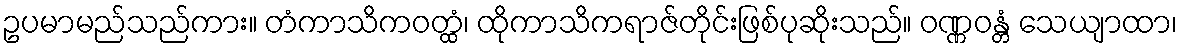
ဥပမာမည်သည်ကား။ တံကာသိကဝတ္ထံ၊ ထိုကာသိကရာဇ်တိုင်းဖြစ်ပုဆိုးသည်။ ဝဏ္ဏဝန္တံ သေယျာထာ၊